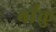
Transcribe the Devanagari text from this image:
बाँकु